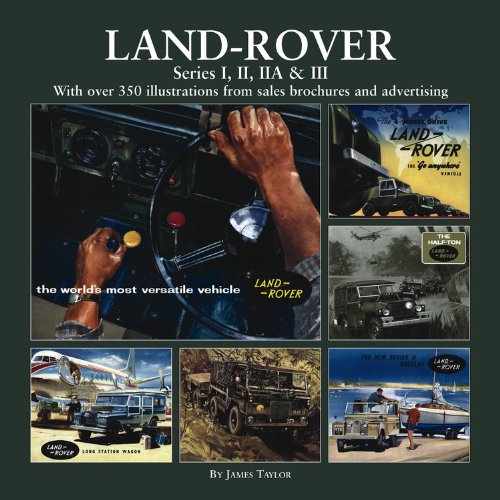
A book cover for Land-Rover: Series I, II, IIA & III; James Taylor; Engineering & Transportation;